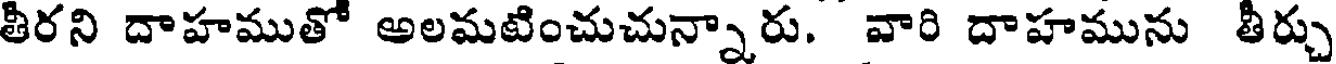
తీరని దాహముతో అలమటించుచున్నారు. వారి దాహమును తీర్చు